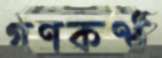
গণকণ্ঠ